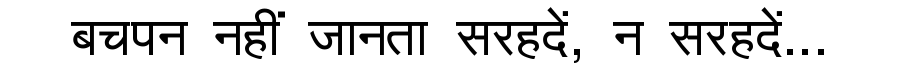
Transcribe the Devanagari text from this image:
बचपन नहीं जानता सरहदें, न सरहदें...